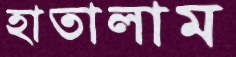
হাতালাম